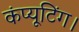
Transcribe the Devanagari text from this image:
कंप्यूटिंग।